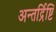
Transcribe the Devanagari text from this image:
अन्तर्द्रिष्टि